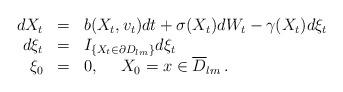
LaTeX: \begin{align*} \begin{array}{rcl} \displaystyle{ dX_t} &=& \displaystyle{ b(X_t,v_t)dt+\sigma(X_t) dW_t - \gamma(X_t)d\xi_t } \\ \displaystyle{ d\xi_t }&=& \displaystyle{ I_{\{X_t\in \partial D_{lm}\}} d\xi_t } \\ \displaystyle{ \xi_0 } &=& \displaystyle{ 0,\ \ \ \ X_0 = x\in \overline{D}_{lm}\, . } \end{array} \end{align*}